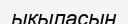
ыкыласын